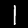
Label: 1